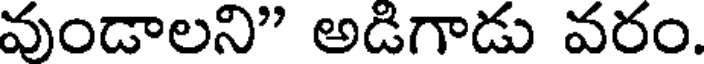
వుండాలని" అడిగాడు వరం.